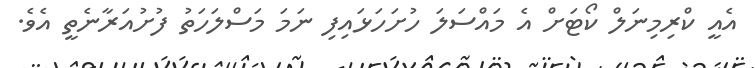
އެއީ ކްރިމިނަލް ކޯޓަށް އެ މައްސަލަ ހުށަހަޅައިފި ނަމަ މަސްލަހަތު ފުށުއަރާނެތީ އެވެ.